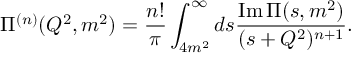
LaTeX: \Pi ^ { ( n ) } ( Q ^ { 2 } , m ^ { 2 } ) = \frac { n ! } { \pi } \int _ { 4 m ^ { 2 } } ^ { \infty } d s \frac { \mathrm { I m } \, \Pi ( s , m ^ { 2 } ) } { ( s + Q ^ { 2 } ) ^ { n + 1 } } .